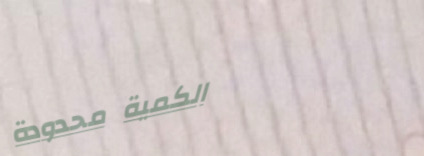
الكمية محدودة